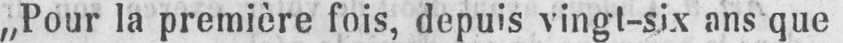
„Pour la première fois, depuis vingt-six ans que